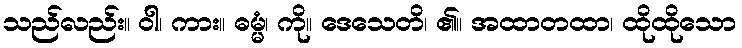
သည်လည်း။ ဝါ၊ ကား။ ဓမ္မံ၊ ကို။ ဒေသေတိ၊ ၏။ အထာတထာ၊ ထိုထိုသော